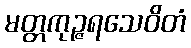
မတ္တကုဉ္ဇရသေဝိတံ